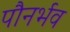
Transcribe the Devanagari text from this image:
पौनर्भव